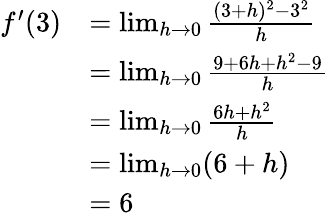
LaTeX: {\begin{array}{rl}{f^{\prime}(3)}&{=\operatorname*{lim}_{h\to 0}{\frac{(3+h)^{2}-3^{2}}{h}}}\\ &{=\operatorname*{lim}_{h\to 0}{\frac{9+6h+h^{2}-9}{h}}}\\ &{=\operatorname*{lim}_{h\to 0}{\frac{6h+h^{2}}{h}}}\\ &{=\operatorname*{lim}_{h\to 0}(6+h)}\\ &{=6}\end{array}}